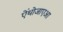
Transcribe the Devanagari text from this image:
ऐंथोजाएआ